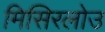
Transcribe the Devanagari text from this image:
मिसिरलोउ